Newspaper: Evening journal. [volume]
Place of publication: Wilmington, Del.
Publisher: J. Milton Davidson
Date: 1900-09-06 00:00:00
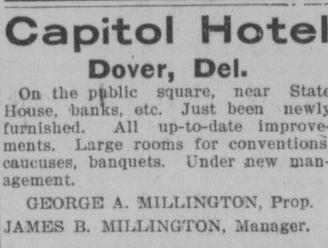
Advertisement text (OCR):
Capitol Dover, Del. On the pfcblle square, House, banks, etc. Just been furnished. All up-to-date improve ments. Large rooms for caucuses, banquets. Under new man agement. GEORGE A. MILLINGTON, Prop. JAMES B. MILLINGTON, Manager. near
Label: text-only